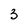
Character: 3